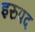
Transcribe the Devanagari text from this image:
इरुपद